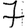
Digit: 7